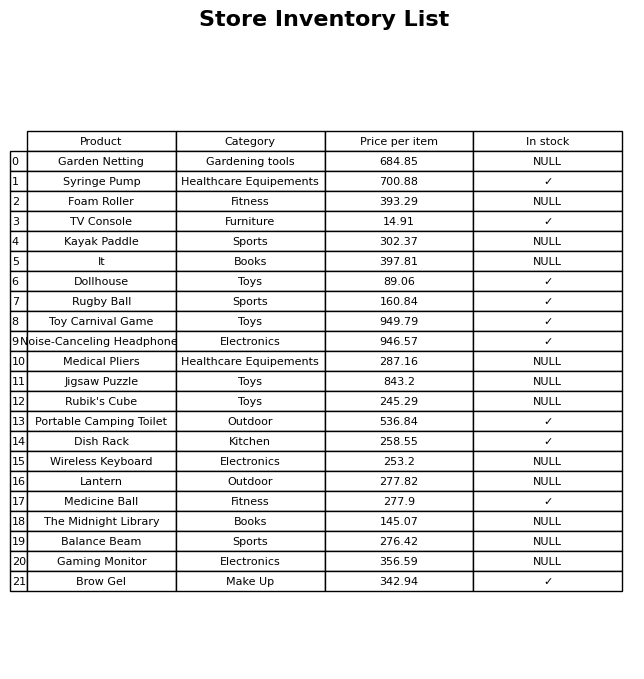
question: Is the The Midnight Library in stock?
answer: NULL